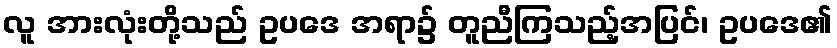
လူ အားလုံးတို့သည် ဥပဒေ အရာ၌ တူညီကြသည့်အပြင်၊ ဥပဒေ၏